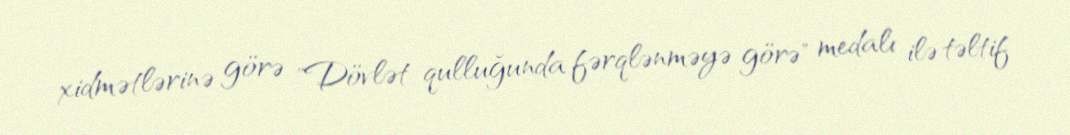
xidmətlərinə görə "Dövlət qulluğunda fərqlənməyə görə" medalı ilə təltif